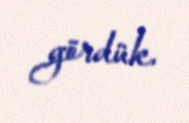
gördük.